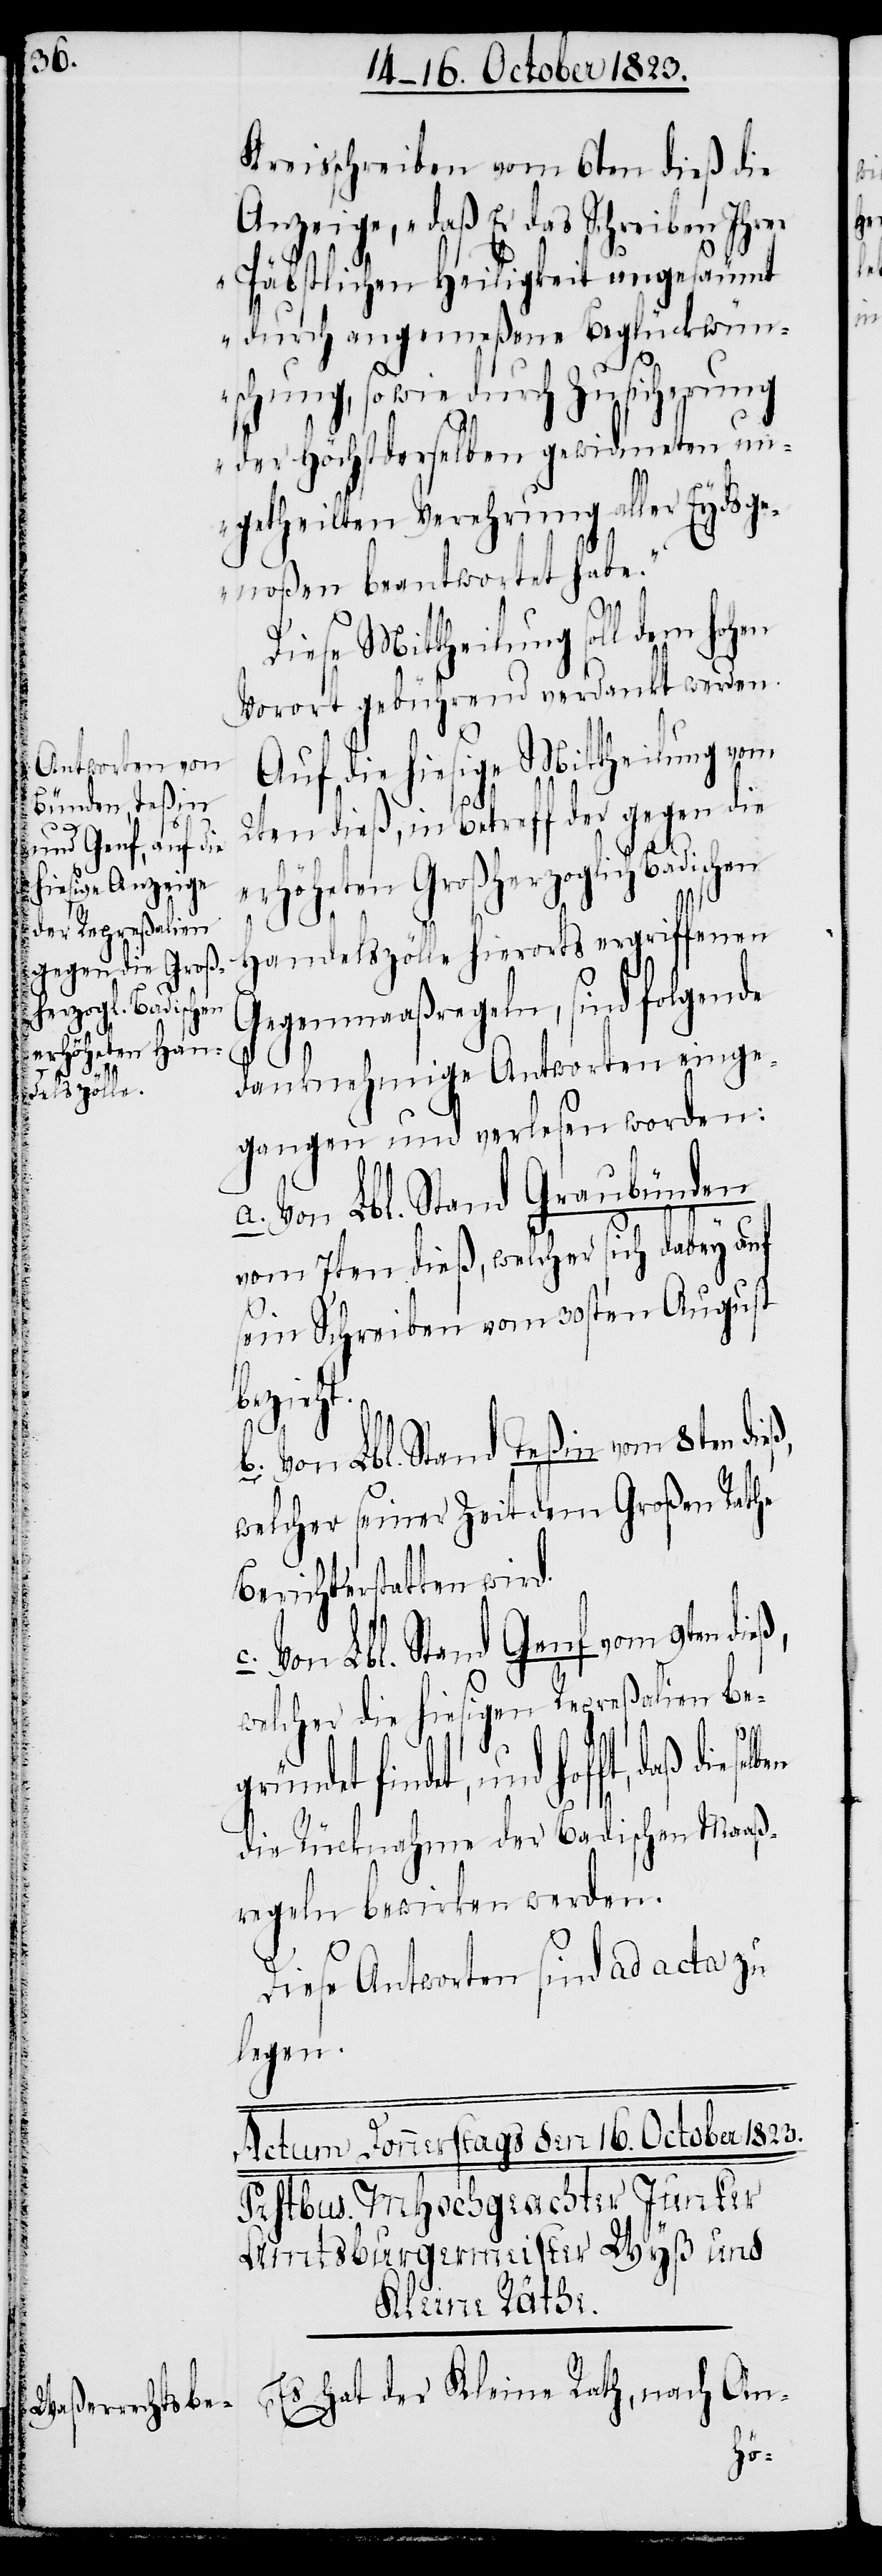
Kreisschreiben vom 6ten dieß die
Anzeige, „daß Er das Schreiben Ihrer
Päbstlichen Heiligkeit ungesäumt
durch angemeßene Beglückwün¬
schung, sowie durch Zusicherung
der Höchstderselben gewidmeten un¬
getheilten Verehrung aller Eydsge¬
noßen beantwortet habe.“
Diese Mittheilung soll dem
Vorort gebührend verdankt werden.
Auf die hiesige Mittheilung vom
2ten dieß, in Betreff der gegen die
der
erhöheten Großherzoglich Badischen
Handelszölle hierorts ergriffenen
Gegenmaaßregeln, sind folgende
danknehmige Antworten einge¬
gangen und verlesen worden:
Von Lbl. Stand Graubünden
vom 7ten dieß, welcher sich dabey auf
sein Schreiben vom 30sten August
bezieht.
b. Von Lbl. Stand Teßin vom 8ten
welcher seiner Zeit dem Großen Rathe
c. Von Lbl. Stand Genf vom 9ten
welcher die hiesigen Repreßalien be¬
und hofft, daß dieselben
die Rücknahme der Badischen Maaß¬
regeln bewirken werden.
Diese Antworten sind ad acta zu
legen.
Kleine Rath,
hat